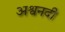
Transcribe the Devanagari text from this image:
अश्वनदी